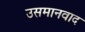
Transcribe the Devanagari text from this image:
उसमानवाद